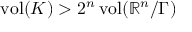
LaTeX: \operatorname { v o l } ( K ) > 2 ^ { n } \operatorname { v o l } ( \mathbb { R } ^ { n } / \Gamma )